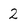
Character: 2